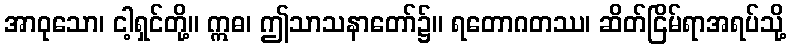
အာဝုသော၊ ငါ့ရှင်တို့။ ဣဓ၊ ဤသာသနာတော်၌။ ရတောဂတဿ၊ ဆိတ်ငြိမ်ရာအရပ်သို့